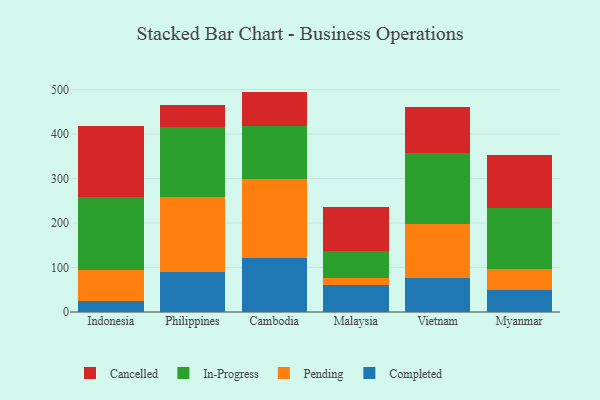
{"axis": {"x": "Country", "y": "Humidity (%)"}, "legend": ["Cancelled", "Completed", "In-Progress", "Pending"], "data": [{"x": "Indonesia", "y": 25.0, "type": "Completed"}, {"x": "Indonesia", "y": 69.7, "type": "Pending"}, {"x": "Indonesia", "y": 163.0, "type": "In-Progress"}, {"x": "Indonesia", "y": 160.0, "type": "Cancelled"}, {"x": "Philippines", "y": 89.0, "type": "Completed"}, {"x": "Philippines", "y": 169.7, "type": "Pending"}, {"x": "Philippines", "y": 156.2, "type": "In-Progress"}, {"x": "Philippines", "y": 50.2, "type": "Cancelled"}, {"x": "Cambodia", "y": 122.1, "type": "Completed"}, {"x": "Cambodia", "y": 177.5, "type": "Pending"}, {"x": "Cambodia", "y": 119.3, "type": "In-Progress"}, {"x": "Cambodia", "y": 76.6, "type": "Cancelled"}, {"x": "Malaysia", "y": 61.5, "type": "Completed"}, {"x": "Malaysia", "y": 14.9, "type": "Pending"}, {"x": "Malaysia", "y": 60.5, "type": "In-Progress"}, {"x": "Malaysia", "y": 100.2, "type": "Cancelled"}, {"x": "Vietnam", "y": 76.6, "type": "Completed"}, {"x": "Vietnam", "y": 122.3, "type": "Pending"}, {"x": "Vietnam", "y": 158.3, "type": "In-Progress"}, {"x": "Vietnam", "y": 102.8, "type": "Cancelled"}, {"x": "Myanmar", "y": 50.1, "type": "Completed"}, {"x": "Myanmar", "y": 47.0, "type": "Pending"}, {"x": "Myanmar", "y": 135.6, "type": "In-Progress"}, {"x": "Myanmar", "y": 119.3, "type": "Cancelled"}]}